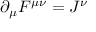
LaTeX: \partial _ { \mu } F ^ { \mu \nu } = J ^ { \nu }